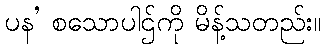
ပန’ စသောပါဌ်ကို မိန့်သတည်း။